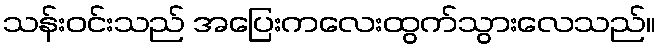
သန်းဝင်းသည် အပြေးကလေးထွက်သွားလေသည်။